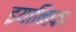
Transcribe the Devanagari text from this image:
इयानिफा